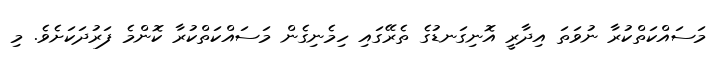
މަސައްކަތްކުރާ ނުވަތަ އިދާރީ އޮނިގަނޑުގެ ތެރޭގައި ހިމެނިގެން މަސައްކަތްކުރާ ކޮންމެ ފަރުދަކަށެވެ. މި